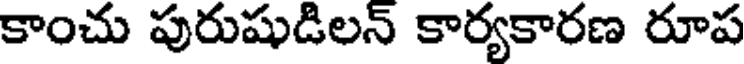
కాంచు పురుషుడిలన్ కార్యకారణ రూప